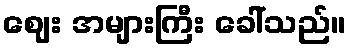
ဈေး အများကြီး ခေါ်သည်။